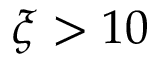
\xi > 1 0